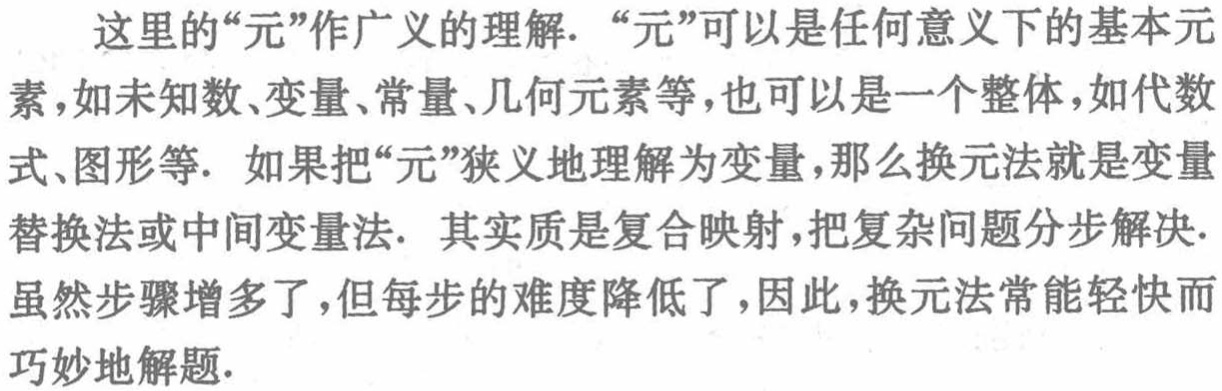
这里的“元”作广义的理解. “元”可以是任何意义下的基本元素，如未知数、变量、常量、几何元素等，也可以是一个整体，如代数式、图形等. 如果把“元”狭义地理解为变量，那么换元法就是变量替换法或中间变量法. 其实质是复合映射，把复杂问题分步解决. 虽然步骤增多了，但每步的难度降低了，因此，换元法常能轻快而巧妙地解题.